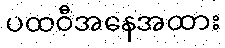
ပထဝီအနေအထား